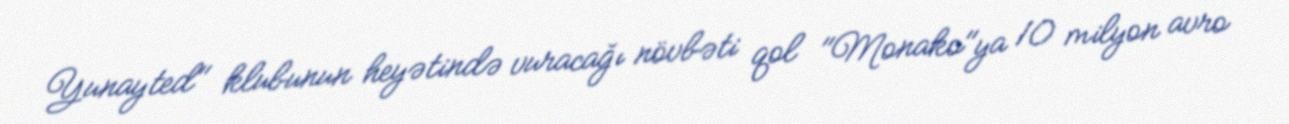
Yunayted" klubunun heyətində vuracağı növbəti qol "Monako"ya 10 milyon avro